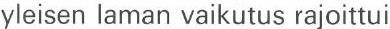
yleisen laman vaikutus rajoittui